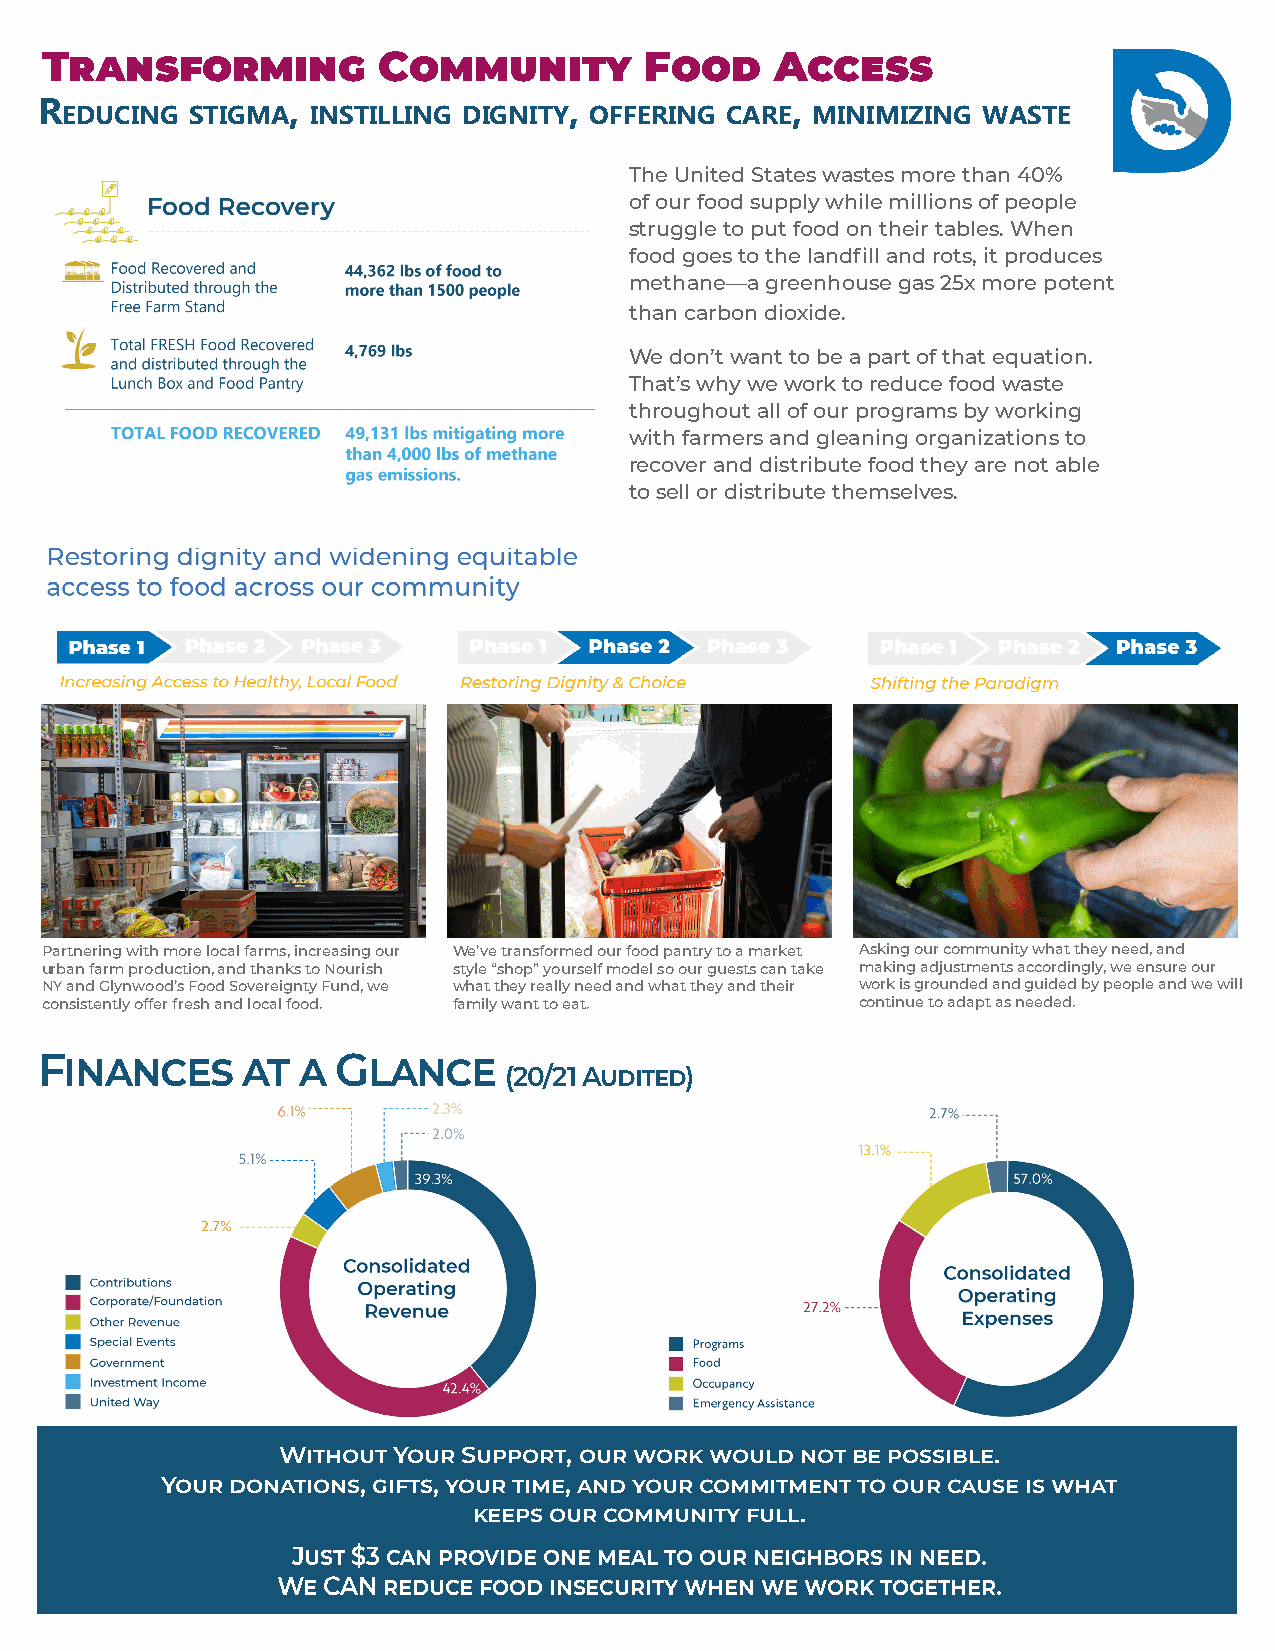
Transforming          Community         Food    Access
 r                ,                  ,             ,
 eDucing stigma   instiLLing Dignity offering care minimizing waste
 The United States wastes more than 40%
 of our food supply while millions of people
 struggle to put food on their tables. When
 food goes to the landfill and rots, it produces
 methane—a greenhouse gas 25x more potent
 than carbon dioxide.
 We don’t want to be a part of that equation.
 That’s why we work to reduce food waste
 throughout all of our programs by working
 with farmers and gleaning organizations to
 recover and distribute food they are not able
 to sell or distribute themselves.
 Partnering with more local farms, increasing our We’ve transformed our food pantry to a market Asking our community what they need, and
 urban farm production, and thanks to Nourish style “shop” yourself model so our guests can take making adjustments accordingly, we ensure our
 NY and Glynwood’s Food Sovereignty Fund, we what they really need and what they and their work is grounded and guided by people and we will
 consistently offer fresh and local food. family want to eat. continue to adapt as needed.
 Finances      at  a Glance
 (20/21 Audited)
 Without Your Support, our work would not be possible.
 Your donations, gifts, your time, and your commitment to our cause is what
 keeps our community full.
 Just $3 can provide one meal to our neighbors in need.
 We CAN reduce food insecurity when we work together.